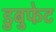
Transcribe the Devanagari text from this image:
डुबुफेट